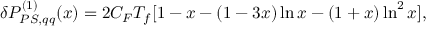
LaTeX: \delta P _ { P S , q q } ^ { ( 1 ) } ( x ) = 2 C _ { F } T _ { f } [ 1 - x - ( 1 - 3 x ) \ln x - ( 1 + x ) \ln ^ { 2 } x ] \/ ,